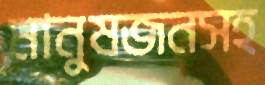
মানুষজনসহ